Problem: 1 - 1 = ?
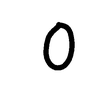
Handwritten answer: 0